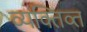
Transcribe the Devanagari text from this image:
व्यक्तिव्त